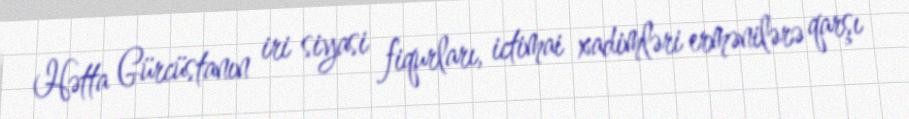
Hətta Gürcüstanın iri siyasi fiqurları, ictimai xadimləri ermənilərə qarşı